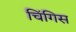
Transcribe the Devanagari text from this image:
चिंगिस